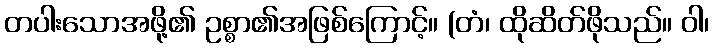
တပါးသောအဖို့၏ ဥစ္စာ၏အဖြစ်ကြောင့်။ (တံ၊ ထိုဆိတ်ဖိုသည်။ ဝါ၊